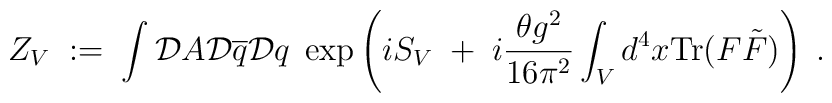
Z_V \; := \; \int {\cal D}A {\cal D}\overline{q}{\cal D}q \;\exp \left( iS_V \; + \; i\frac{\theta g^2}{16\pi^2}\int_V d^4x \mbox{Tr} (F \tilde{F}) \right) \; .